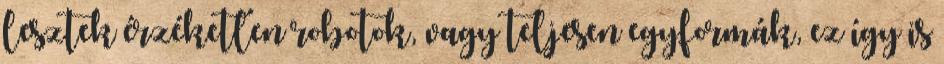
lesztek érzéketlen robotok, vagy teljesen egyformák, ez így is